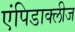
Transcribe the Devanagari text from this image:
एंपिडाक्लीज